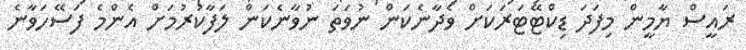
ރައީސް ޔާމީން މިފަދަ ޑިކްޓޭޓަރަކަށް ވެދާނެކަން ނުވަތަ ނުވާނެކަން ލަފާކުރުމަށް އެންމެ ފަސޭހަވާނެ